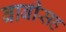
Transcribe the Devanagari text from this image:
बाबीसह